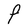
Character: F